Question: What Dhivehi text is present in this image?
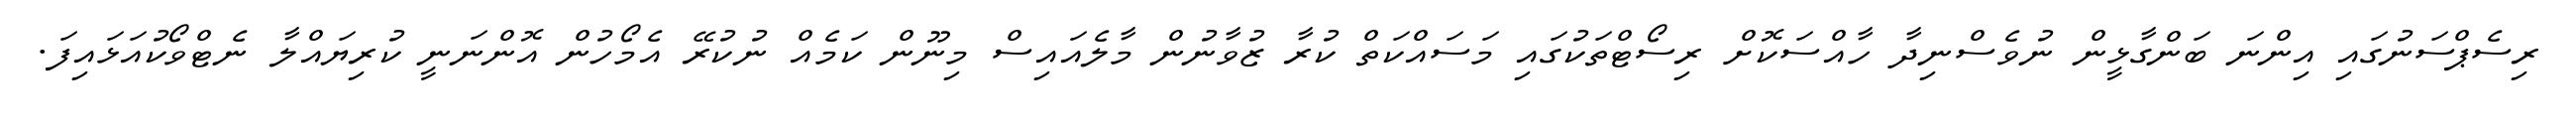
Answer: ރިސެޕްސަނުގައި އިންނަ ބަންގާޅީން ނުވެސްނިދާ ހާއްސަކޮށް ރިސޯޓްތަކުގައި މަސައްކަތް ކުރާ ޒުވާނުން މާލެއައިސް މިނޫން ކަމެއް ނުކުރޭ އެމޯހުން އޮންނަނީ ކުރިޔައްލާ ނެޓްވޯކުއަޅައިފަ.